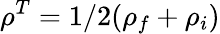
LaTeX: \rho^{T}=1/2(\rho_{f}+\rho_{i})